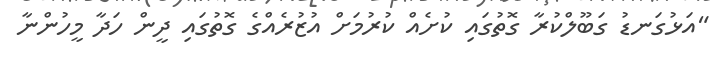
"އަޅުގަނޑު ގަބޫލްކުރާ ގޮތުގައި ކުށެއް ކުރުމަށް އުޒުރެއްގެ ގޮތުގައި ދީން ހަދާ މީހުންނާ